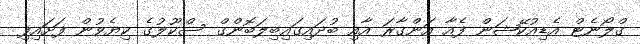
ގްލޯނެޓް އެޑިއުކޭޝަން ފެއާ އަންގާރަ އާއި ބުދައިގައިބިލަބޮންގް ސްކޫލުގެ ކިޔެވުން ފަށައިފި